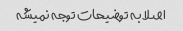
اصلا به توضیحات توجه نمیشه